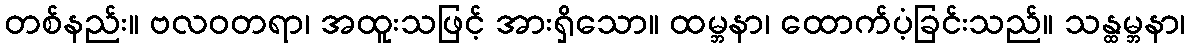
တစ်နည်း။ ဗလဝတရာ၊ အထူးသဖြင့် အားရှိသော။ ထမ္ဘနာ၊ ထောက်ပံ့ခြင်းသည်။ သန္ထမ္ဘနာ၊